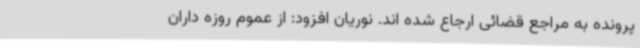
پرونده به مراجع قضائی ارجاع شده اند. نوریان افزود: از عموم روزه داران